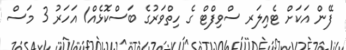
ފޭން އަކަށް ޓެއިލަރ ސްވިފްޓް ގެ ހިތްވަރުގެ ބަސްކޮޅެއް1 އަހަރު 3 މަސް